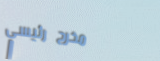
مخرج رئيسي